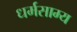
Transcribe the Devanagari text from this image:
धर्मसाम्य